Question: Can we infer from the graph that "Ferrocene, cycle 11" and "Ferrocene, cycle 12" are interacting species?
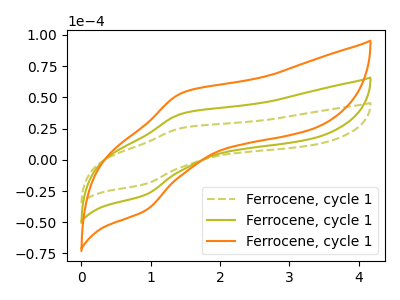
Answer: <think>The olive dashed curve "Ferrocene, cycle 11" has an anodic peak at (1.45V, 25.60uA) and a cathodic peak at (0.90V, -19.40uA). The olive curve "Ferrocene, cycle 12" has an anodic peak at (1.45V, 37.05uA) and a cathodic peak at (0.90V, -28.10uA). The orange curve "Ferrocene, cycle 13" has an anodic peak at (1.45V, 74.10uA) and a cathodic peak at (0.90V, -56.20uA).
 All the peaks in "Ferrocene, cycle 11" have a peak in "Ferrocene, cycle 12" at the same potential. Every peak in "Ferrocene, cycle 11" is lower than every peak in "Ferrocene, cycle 12".</think>
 <answer>No, "Ferrocene, cycle 11" and "Ferrocene, cycle 12" don't appear to be significantly different in shape</answer>
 <eval>no_change</eval>